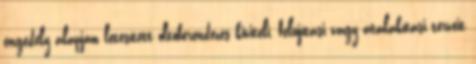
engedély alapján létesített oltóberendezés kiviteli, felújítási vagy átalakítási terveit